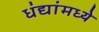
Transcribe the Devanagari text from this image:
धंद्यांमध्ये